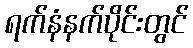
ရက်နံနက်ပိုင်းတွင်